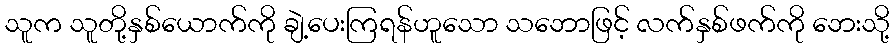
သူက သူတို့နှစ်ယောက်ကို ချဲ့ပေးကြရန်ဟူသော သဘောဖြင့် လက်နှစ်ဖက်ကို ဘေးသို့